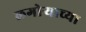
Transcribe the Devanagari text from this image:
लगोर्‍याच्या